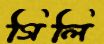
গিলি